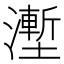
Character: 𰝛